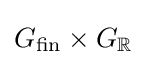
G_{\text{fin}}\times G_{\mathbb {R} }